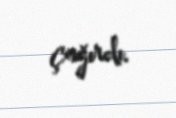
çağırdı.